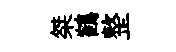
桀鶴整